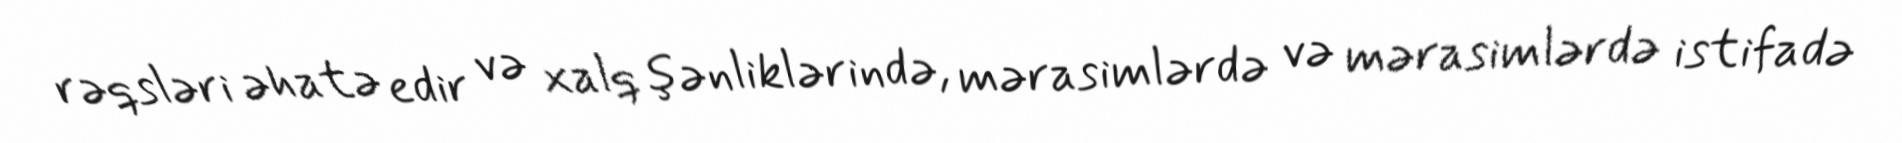
rəqsləri əhatə edir və xalq şənliklərində, mərasimlərdə və mərasimlərdə istifadə